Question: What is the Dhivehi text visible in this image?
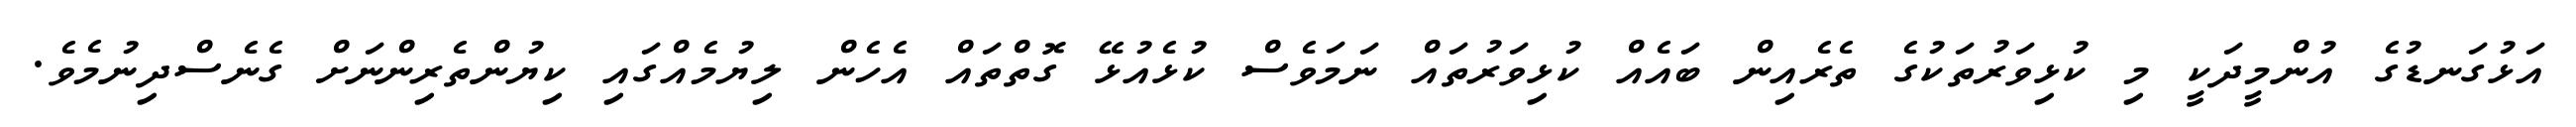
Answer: އަޅުގަނޑުގެ އުންމީދަކީ މި ކުޅިވަރުތަކުގެ ތެރެއިން ބައެއް ކުޅިވަރުތައް ނަމަވެސް ކުޅެއުޅޭ ގޮތްތައް އެހެން ލިޔުމެއްގައި ކިޔުންތެރިންނަށް ގެނެސްދިނުމެވެ.